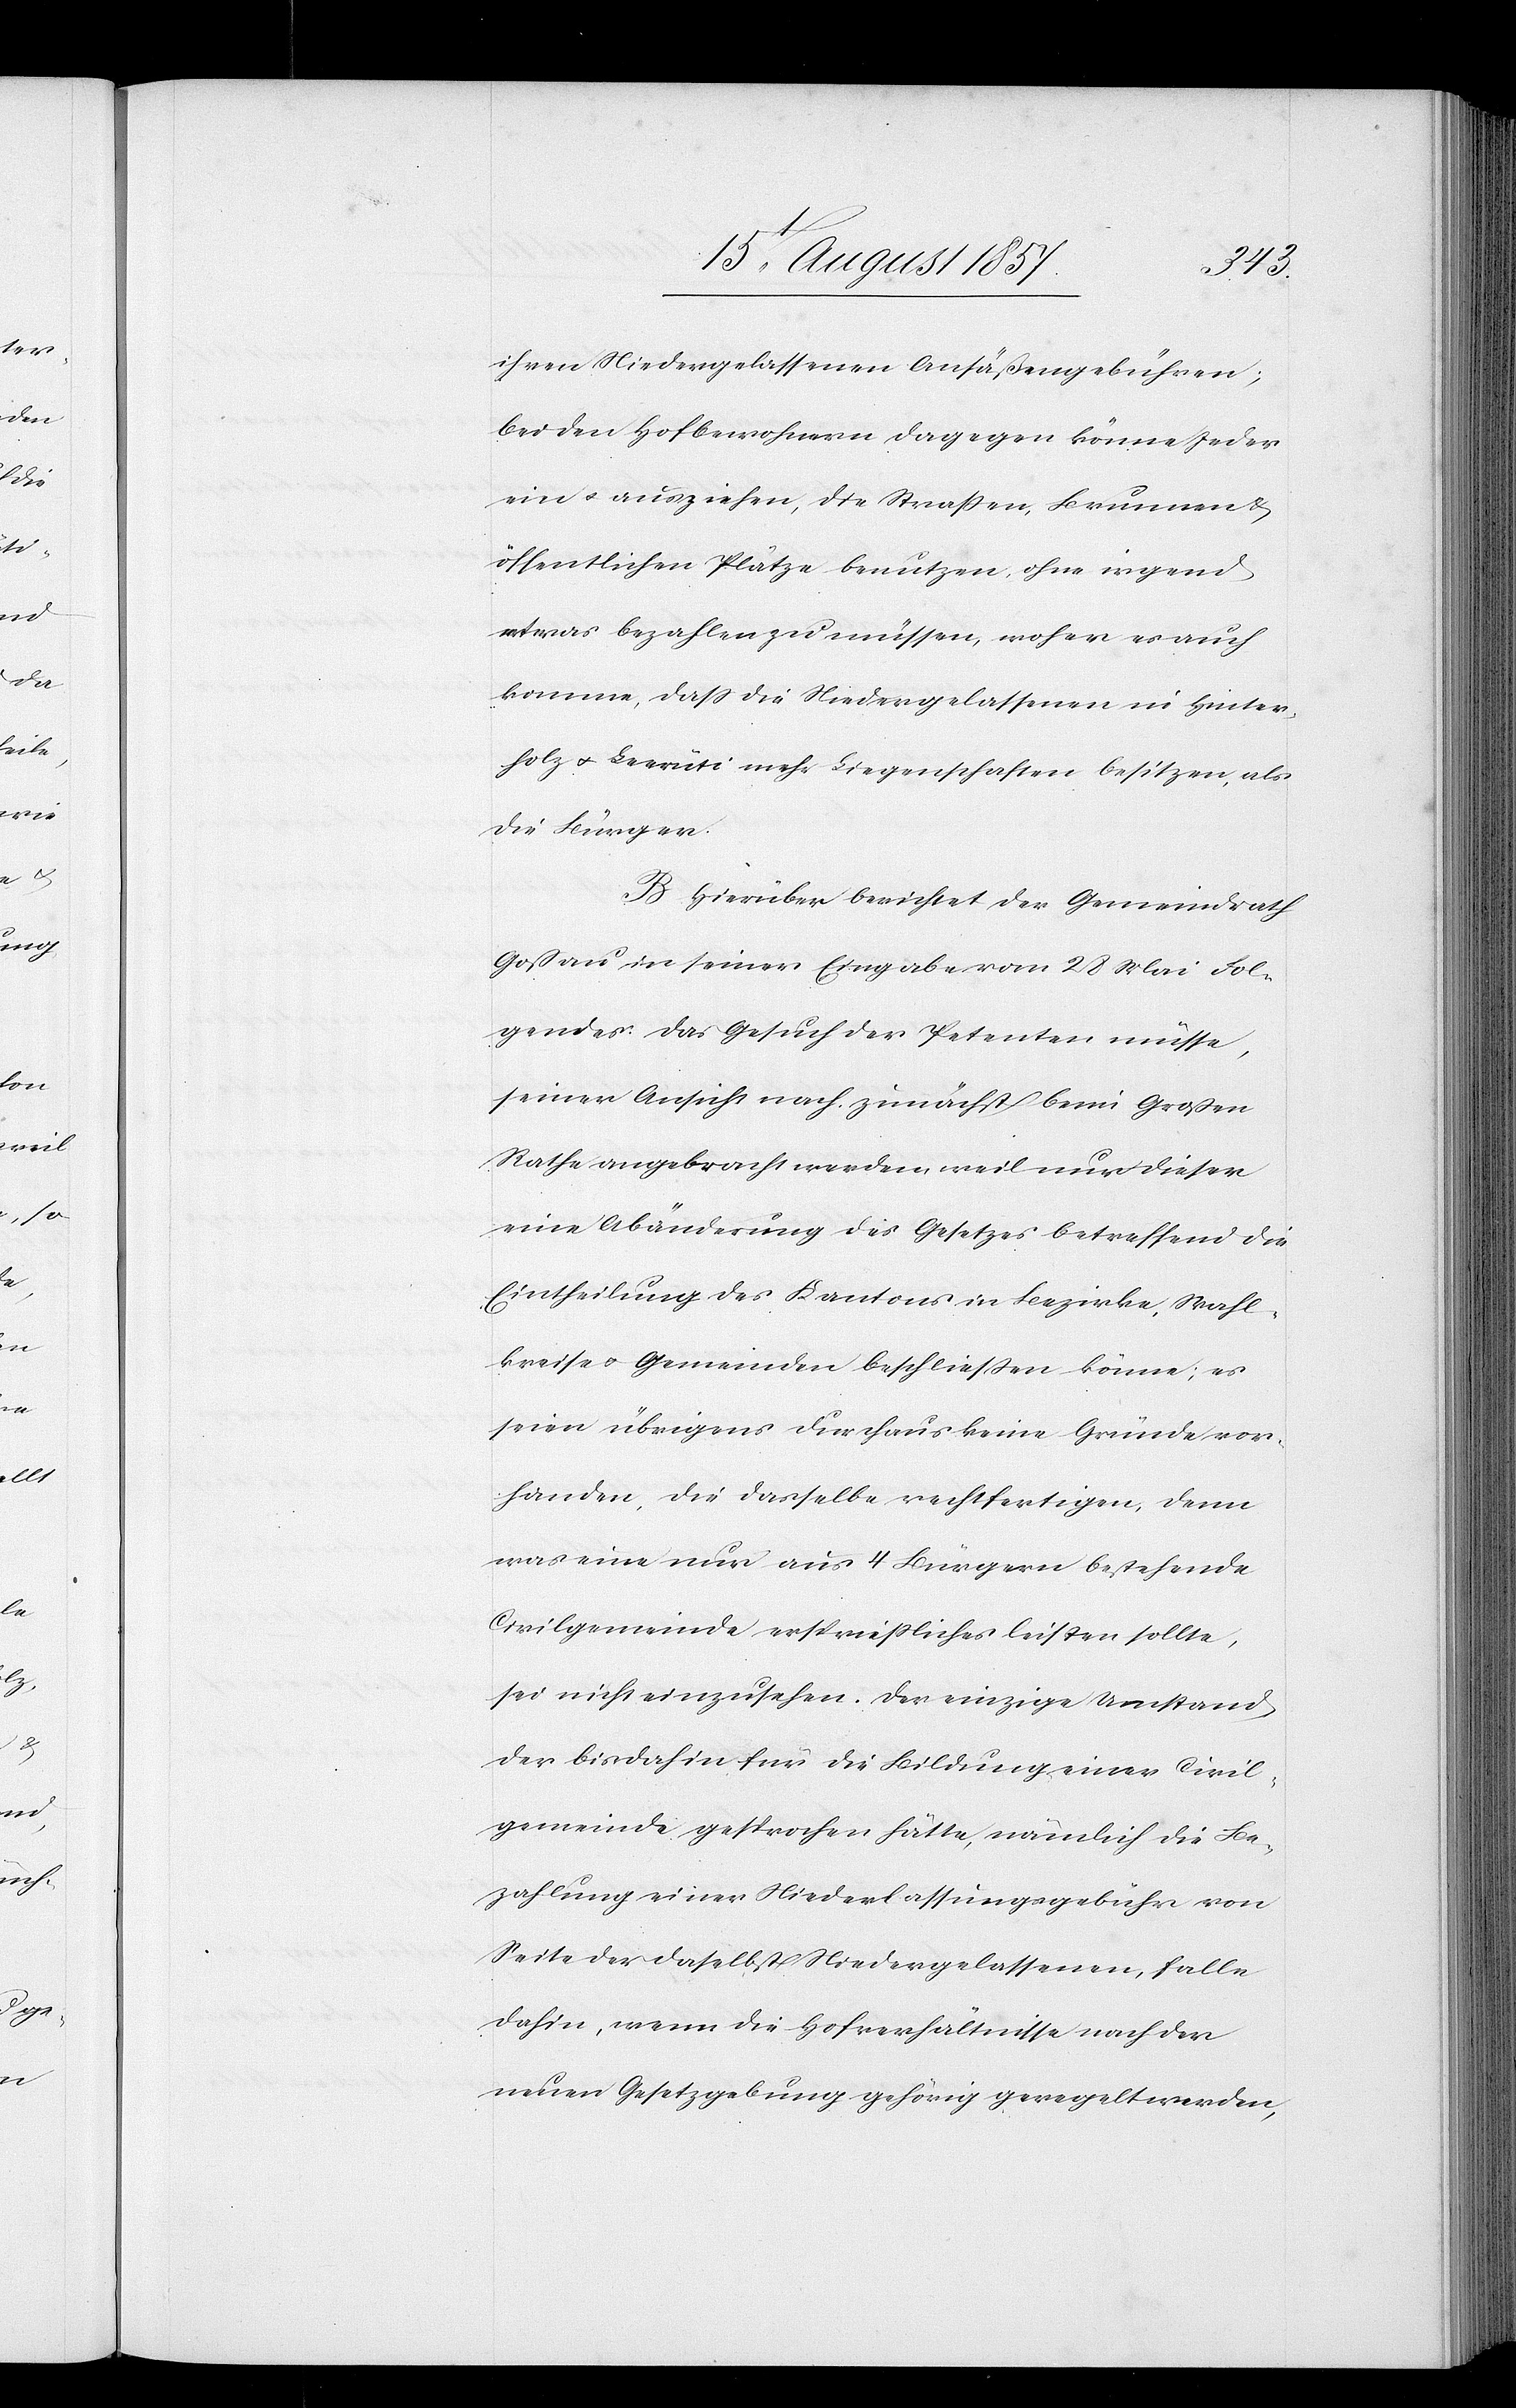
ihren Niedergelassenen Ansäßengebühren;
bei den Hofbewohnern dagegen könne Jeder
ein & ausziehen, die Straßen, Brunnen &
öffentlichen Plätze benutzen, ohne irgend
etwas bezahlen zu müssen, wofern es auch
komme, daß die Niedergelassenen in Hinter¬
holz & Leerüti mehr Liegenschaften besitzen, als
die Bürger.
B. Hierüber berichtet der Gemeindrath
Goßau in seiner Eingabe vom 28 Mai Fol¬
gendes: das Gesuch der Petenten müsse,
seiner Ansicht nach zunächst beim Großen
Rathe angebracht werden weil nur dieser
eine Abänderung des Gesetzes betreffend die
Eintheilung des Kantons in Bezirke, Wahl¬
kreise & Gemeinden beschließen könne; es
seien übrigens durchaus keine Gründe vor¬
handen, die dasselbe rechtfertigen, denn
was eine nur aus 4 Bürgern bestehende
Civilgemeinde ersprießliches leisten sollte,
sei nicht einzusehen. Der einzige Umstand
der bisdahin für die Bildung einer Civil¬
gemeinde gesprochen hätte, nämlich die Be¬
zahlung einer Niederlassungsgebühr von
Seite der daselbst Niedergelassenen, falle
dahin, wenn die Hofverhältnisse nach der
neuen Gesetzgebung gehörig geregelt werden,